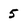
Character: 5